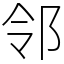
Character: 邻